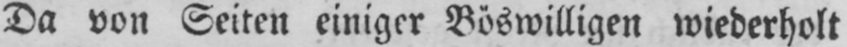
Da von Seiten einiger Böswilligen wiederholt